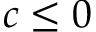
c \leq 0